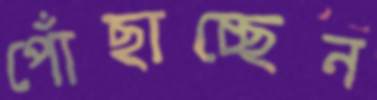
পোঁছাচ্ছেন